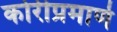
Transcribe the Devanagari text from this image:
कोरीप्रमाणे